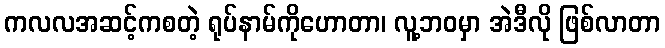
ကလလအဆင့်ကစတဲ့ ရုပ်နာမ်ကိုဟောတာ၊ လူ့ဘဝမှာ အဲဒီလို ဖြစ်လာတာ